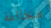
مخالفة